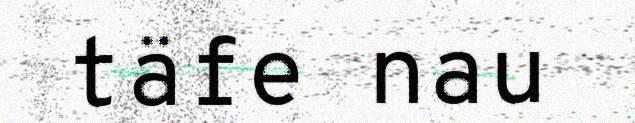
täfe nau